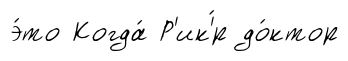
э́то Когда́ Р'ик'́р до́ктор